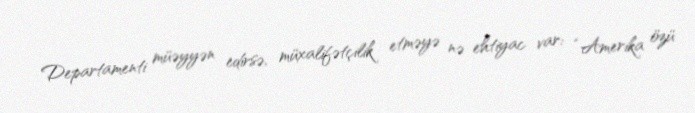
Departamenti müəyyən edirsə, müxalifətçilik etməyə nə ehtiyac var: “Amerika özü